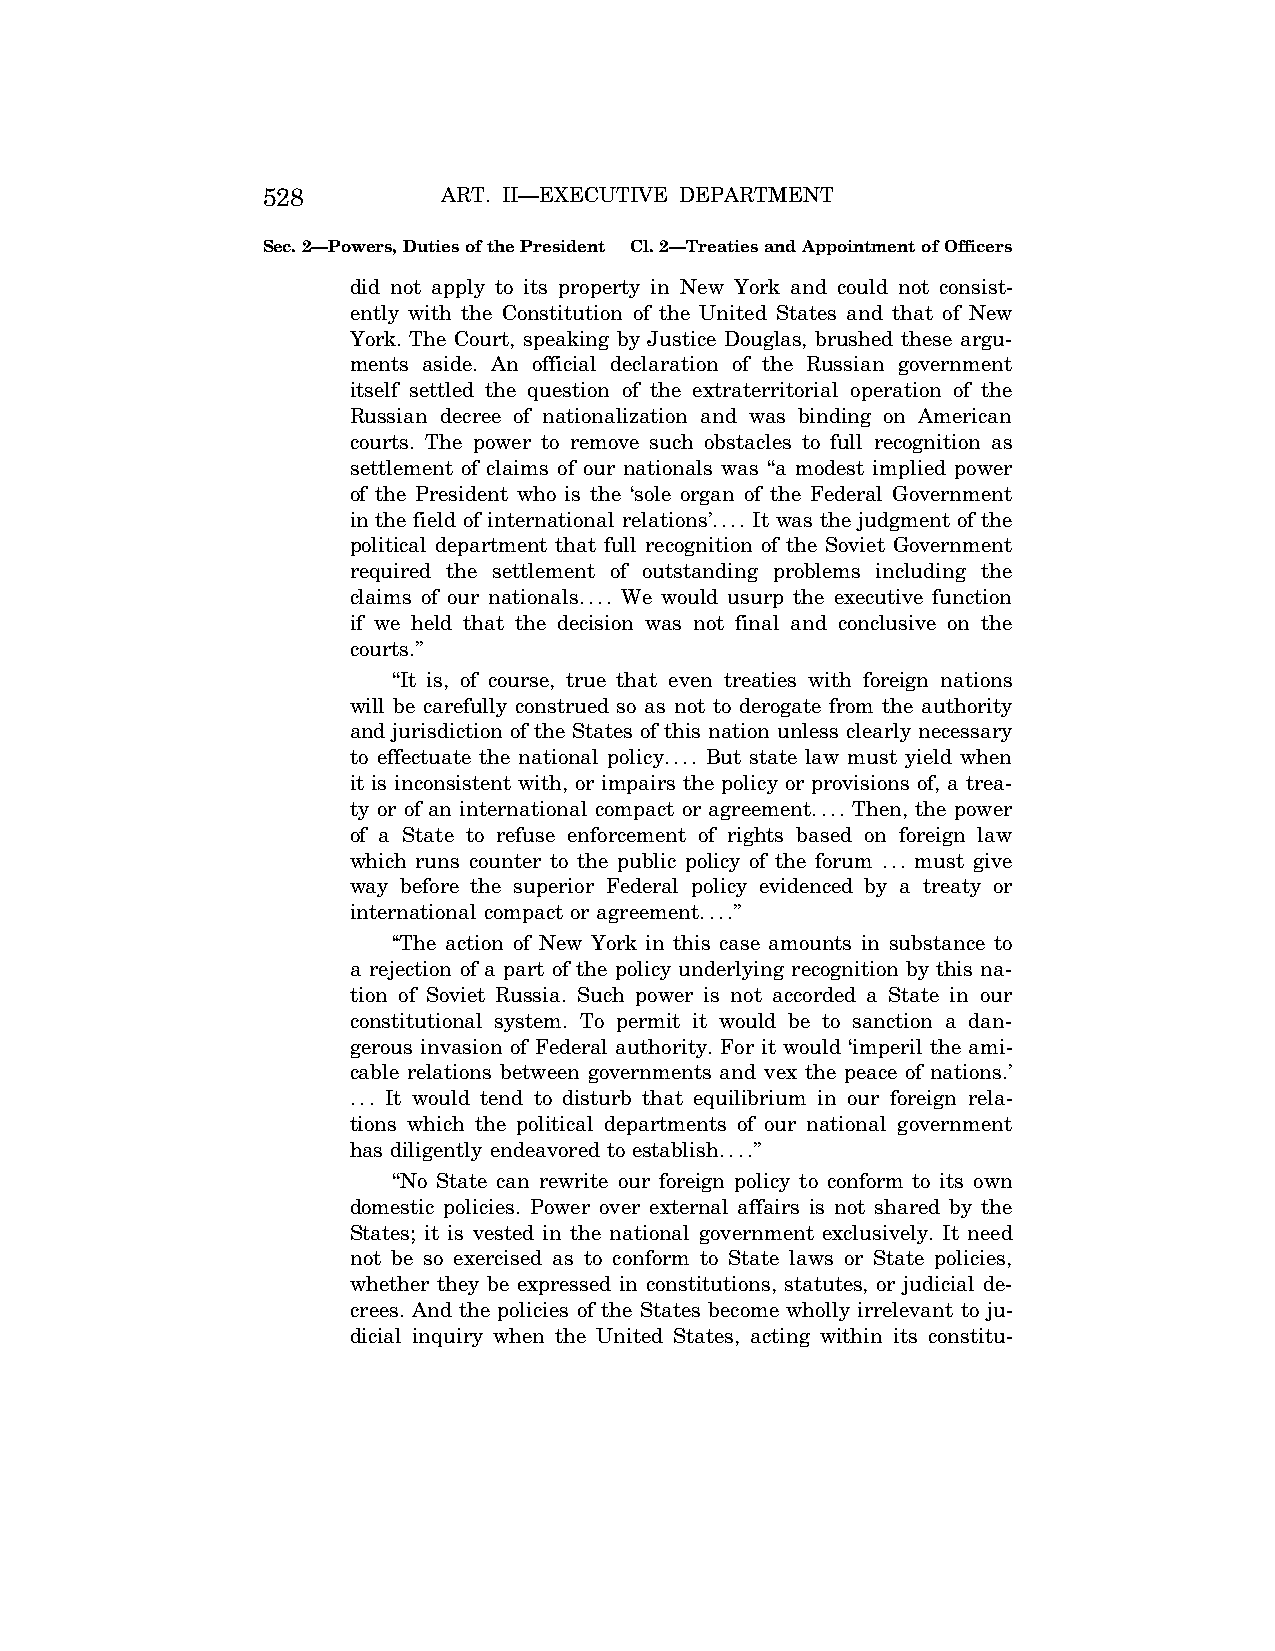
528         ART. II—EXECUTIVE DEPARTMENT
 Sec. 2—Powers, Duties of the President Cl. 2—Treaties and Appointment of Officers
 did not apply to its property in New York and could not consist-
 ently with the Constitution of the United States and that of New
 York. The Court, speaking by Justice Douglas, brushed these argu-
 ments aside. An official declaration of the Russian government
 itself settled the question of the extraterritorial operation of the
 Russian decree of nationalization and was binding on American
 courts. The power to remove such obstacles to full recognition as
 settlement of claims of our nationals was ‘‘a modest implied power
 of the President who is the ‘sole organ of the Federal Government
 in the field of international relations’.... It was the judgment of the
 political department that full recognition of the Soviet Government
 required the settlement of outstanding problems including the
 claims of our nationals.... We would usurp the executive function
 if we held that the decision was not final and conclusive on the
 courts.’’
 ‘‘It is, of course, true that even treaties with foreign nations
 will be carefully construed so as not to derogate from the authority
 and jurisdiction of the States of this nation unless clearly necessary
 to effectuate the national policy.... But state law must yield when
 it is inconsistent with, or impairs the policy or provisions of, a trea-
 ty or of an international compact or agreement.... Then, the power
 of a State to refuse enforcement of rights based on foreign law
 which runs counter to the public policy of the forum ... must give
 way before the superior Federal policy evidenced by a treaty or
 international compact or agreement....’’
 ‘‘The action of New York in this case amounts in substance to
 a rejection of a part of the policy underlying recognition by this na-
 tion of Soviet Russia. Such power is not accorded a State in our
 constitutional system. To permit it would be to sanction a dan-
 gerous invasion of Federal authority. For it would ‘imperil the ami-
 cable relations between governments and vex the peace of nations.’
 ... It would tend to disturb that equilibrium in our foreign rela-
 tions which the political departments of our national government
 has diligently endeavored to establish....’’
 ‘‘No State can rewrite our foreign policy to conform to its own
 domestic policies. Power over external affairs is not shared by the
 States; it is vested in the national government exclusively. It need
 not be so exercised as to conform to State laws or State policies,
 whether they be expressed in constitutions, statutes, or judicial de-
 crees. And the policies of the States become wholly irrelevant to ju-
 dicial inquiry when the United States, acting within its constitu-
 VerDate Aug<04>2004 13:21 Oct 06, 2004 Jkt 077500 PO 00000 Frm 00096 Fmt 8222 Sfmt 8222 C:\CONAN\CON011.SGM PRFM99 PsN: CON011